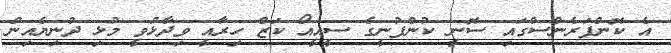
އެ ކޮންފަރެންސްގައި ސޮނީ ކުންފުނީގެ ސީއީއޯ ކަޒް ހިރާއީ ވިދާޅުވީ މުޅި ދުނިޔެއިން